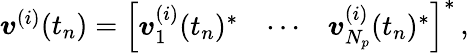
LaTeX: \begin{array}{r}{\boldsymbol{v}^{(i)}(t_{n})=\left[\begin{array}{lll}{\boldsymbol{v}_{1}^{(i)}(t_{n})^{*}}&{\cdots}&{\boldsymbol{v}_{N_{p}}^{(i)}(t_{n})^{*}}\end{array}\right]^{*}\, ,}\end{array}